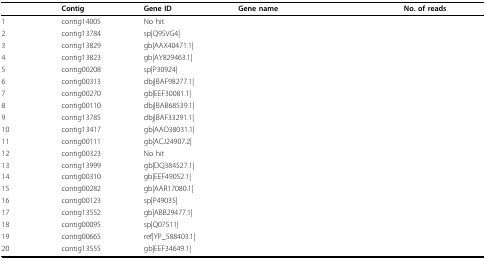
<table><thead><tr><td>[EMPTY_CELL]</td><td><b>Contig</b></td><td><b>Gene ID</b></td><td><b>Gene name</b></td><td><b>No. of reads</b></td></tr></thead><tbody><tr><td>1</td><td>contig14005</td><td>No hit</td><td>[EMPTY_CELL]</td><td>[EMPTY_CELL]</td></tr><tr><td>2</td><td>contig13784</td><td>sp|Q9SVG4|</td><td>[EMPTY_CELL]</td><td>[EMPTY_CELL]</td></tr><tr><td>3</td><td>contig13829</td><td>gb|AAX40471.1|</td><td>[EMPTY_CELL]</td><td>[EMPTY_CELL]</td></tr><tr><td>4</td><td>contig13823</td><td>gb|AY829463.1|</td><td>[EMPTY_CELL]</td><td>[EMPTY_CELL]</td></tr><tr><td>5</td><td>contig00208</td><td>sp|P30924|</td><td>[EMPTY_CELL]</td><td>[EMPTY_CELL]</td></tr><tr><td>6</td><td>contig00313</td><td>dbj|BAF98277.1|</td><td>[EMPTY_CELL]</td><td>[EMPTY_CELL]</td></tr><tr><td>7</td><td>contig00270</td><td>gb|EEF30081.1|</td><td>[EMPTY_CELL]</td><td>[EMPTY_CELL]</td></tr><tr><td>8</td><td>contig00110</td><td>dbj|BAB68539.1|</td><td>[EMPTY_CELL]</td><td>[EMPTY_CELL]</td></tr><tr><td>9</td><td>contig13785</td><td>dbj|BAF33291.1|</td><td>[EMPTY_CELL]</td><td>[EMPTY_CELL]</td></tr><tr><td>10</td><td>contig13417</td><td>gb|AAO38031.1|</td><td>[EMPTY_CELL]</td><td>[EMPTY_CELL]</td></tr><tr><td>11</td><td>contig00111</td><td>gb|ACJ24907.2|</td><td>[EMPTY_CELL]</td><td>[EMPTY_CELL]</td></tr><tr><td>12</td><td>contig00323</td><td>No hit</td><td>[EMPTY_CELL]</td><td>[EMPTY_CELL]</td></tr><tr><td>13</td><td>contig13999</td><td>gb|DQ384527.1|</td><td>[EMPTY_CELL]</td><td>[EMPTY_CELL]</td></tr><tr><td>14</td><td>contig00310</td><td>gb|EEF49052.1|</td><td>[EMPTY_CELL]</td><td>[EMPTY_CELL]</td></tr><tr><td>15</td><td>contig00282</td><td>gb|AAR17080.1|</td><td>[EMPTY_CELL]</td><td>[EMPTY_CELL]</td></tr><tr><td>16</td><td>contig00123</td><td>sp|P49035|</td><td>[EMPTY_CELL]</td><td>[EMPTY_CELL]</td></tr><tr><td>17</td><td>contig13552</td><td>gb|ABB29477.1|</td><td>[EMPTY_CELL]</td><td>[EMPTY_CELL]</td></tr><tr><td>18</td><td>contig00095</td><td>sp|Q07511|</td><td>[EMPTY_CELL]</td><td>[EMPTY_CELL]</td></tr><tr><td>19</td><td>contig00665</td><td>ref|YP_588403.1|</td><td>[EMPTY_CELL]</td><td>[EMPTY_CELL]</td></tr><tr><td>20</td><td>contig13555</td><td>gb|EEF34649.1|</td><td>[EMPTY_CELL]</td><td>[EMPTY_CELL]</td></tr></tbody></table>